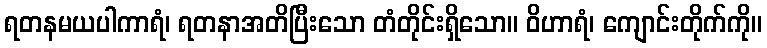
ရတနမယပါကာရံ၊ ရတနာအတိပြီးသော တံတိုင်းရှိသော။ ဝိဟာရံ၊ ကျောင်းတိုက်ကို။